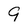
Character: 9